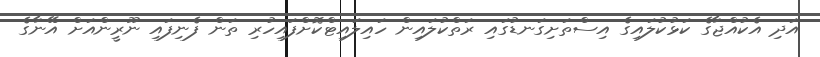
އަދި އެކުއްޖާގެ ކަޅުކުލައިގެ އިސްތަށިގަނޑުގައި ރަތްކުލައިން ހައިލައިޓްކޮށްފައިހުރި ތަން ފެނިފައި ނޫރީންއަށް އޭނާގެ